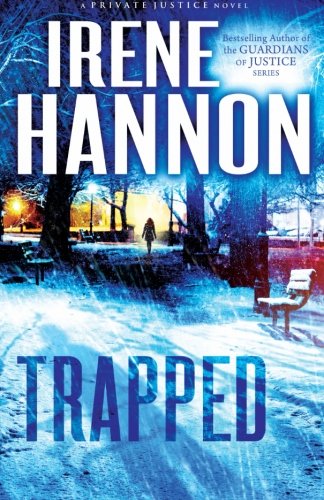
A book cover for Trapped: A Novel (Private Justice); Irene Hannon; Romance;